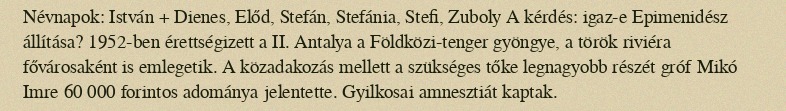
Névnapok: István + Dienes, Előd, Stefán, Stefánia, Stefi, Zuboly A kérdés: igaz-e Epimenidész állítása? 1952-ben érettségizett a II. Antalya a Földközi-tenger gyöngye, a török riviéra fővárosaként is emlegetik. A közadakozás mellett a szükséges tőke legnagyobb részét gróf Mikó Imre 60 000 forintos adománya jelentette. Gyilkosai amnesztiát kaptak.